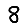
Digit: 8